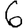
Digit: 6